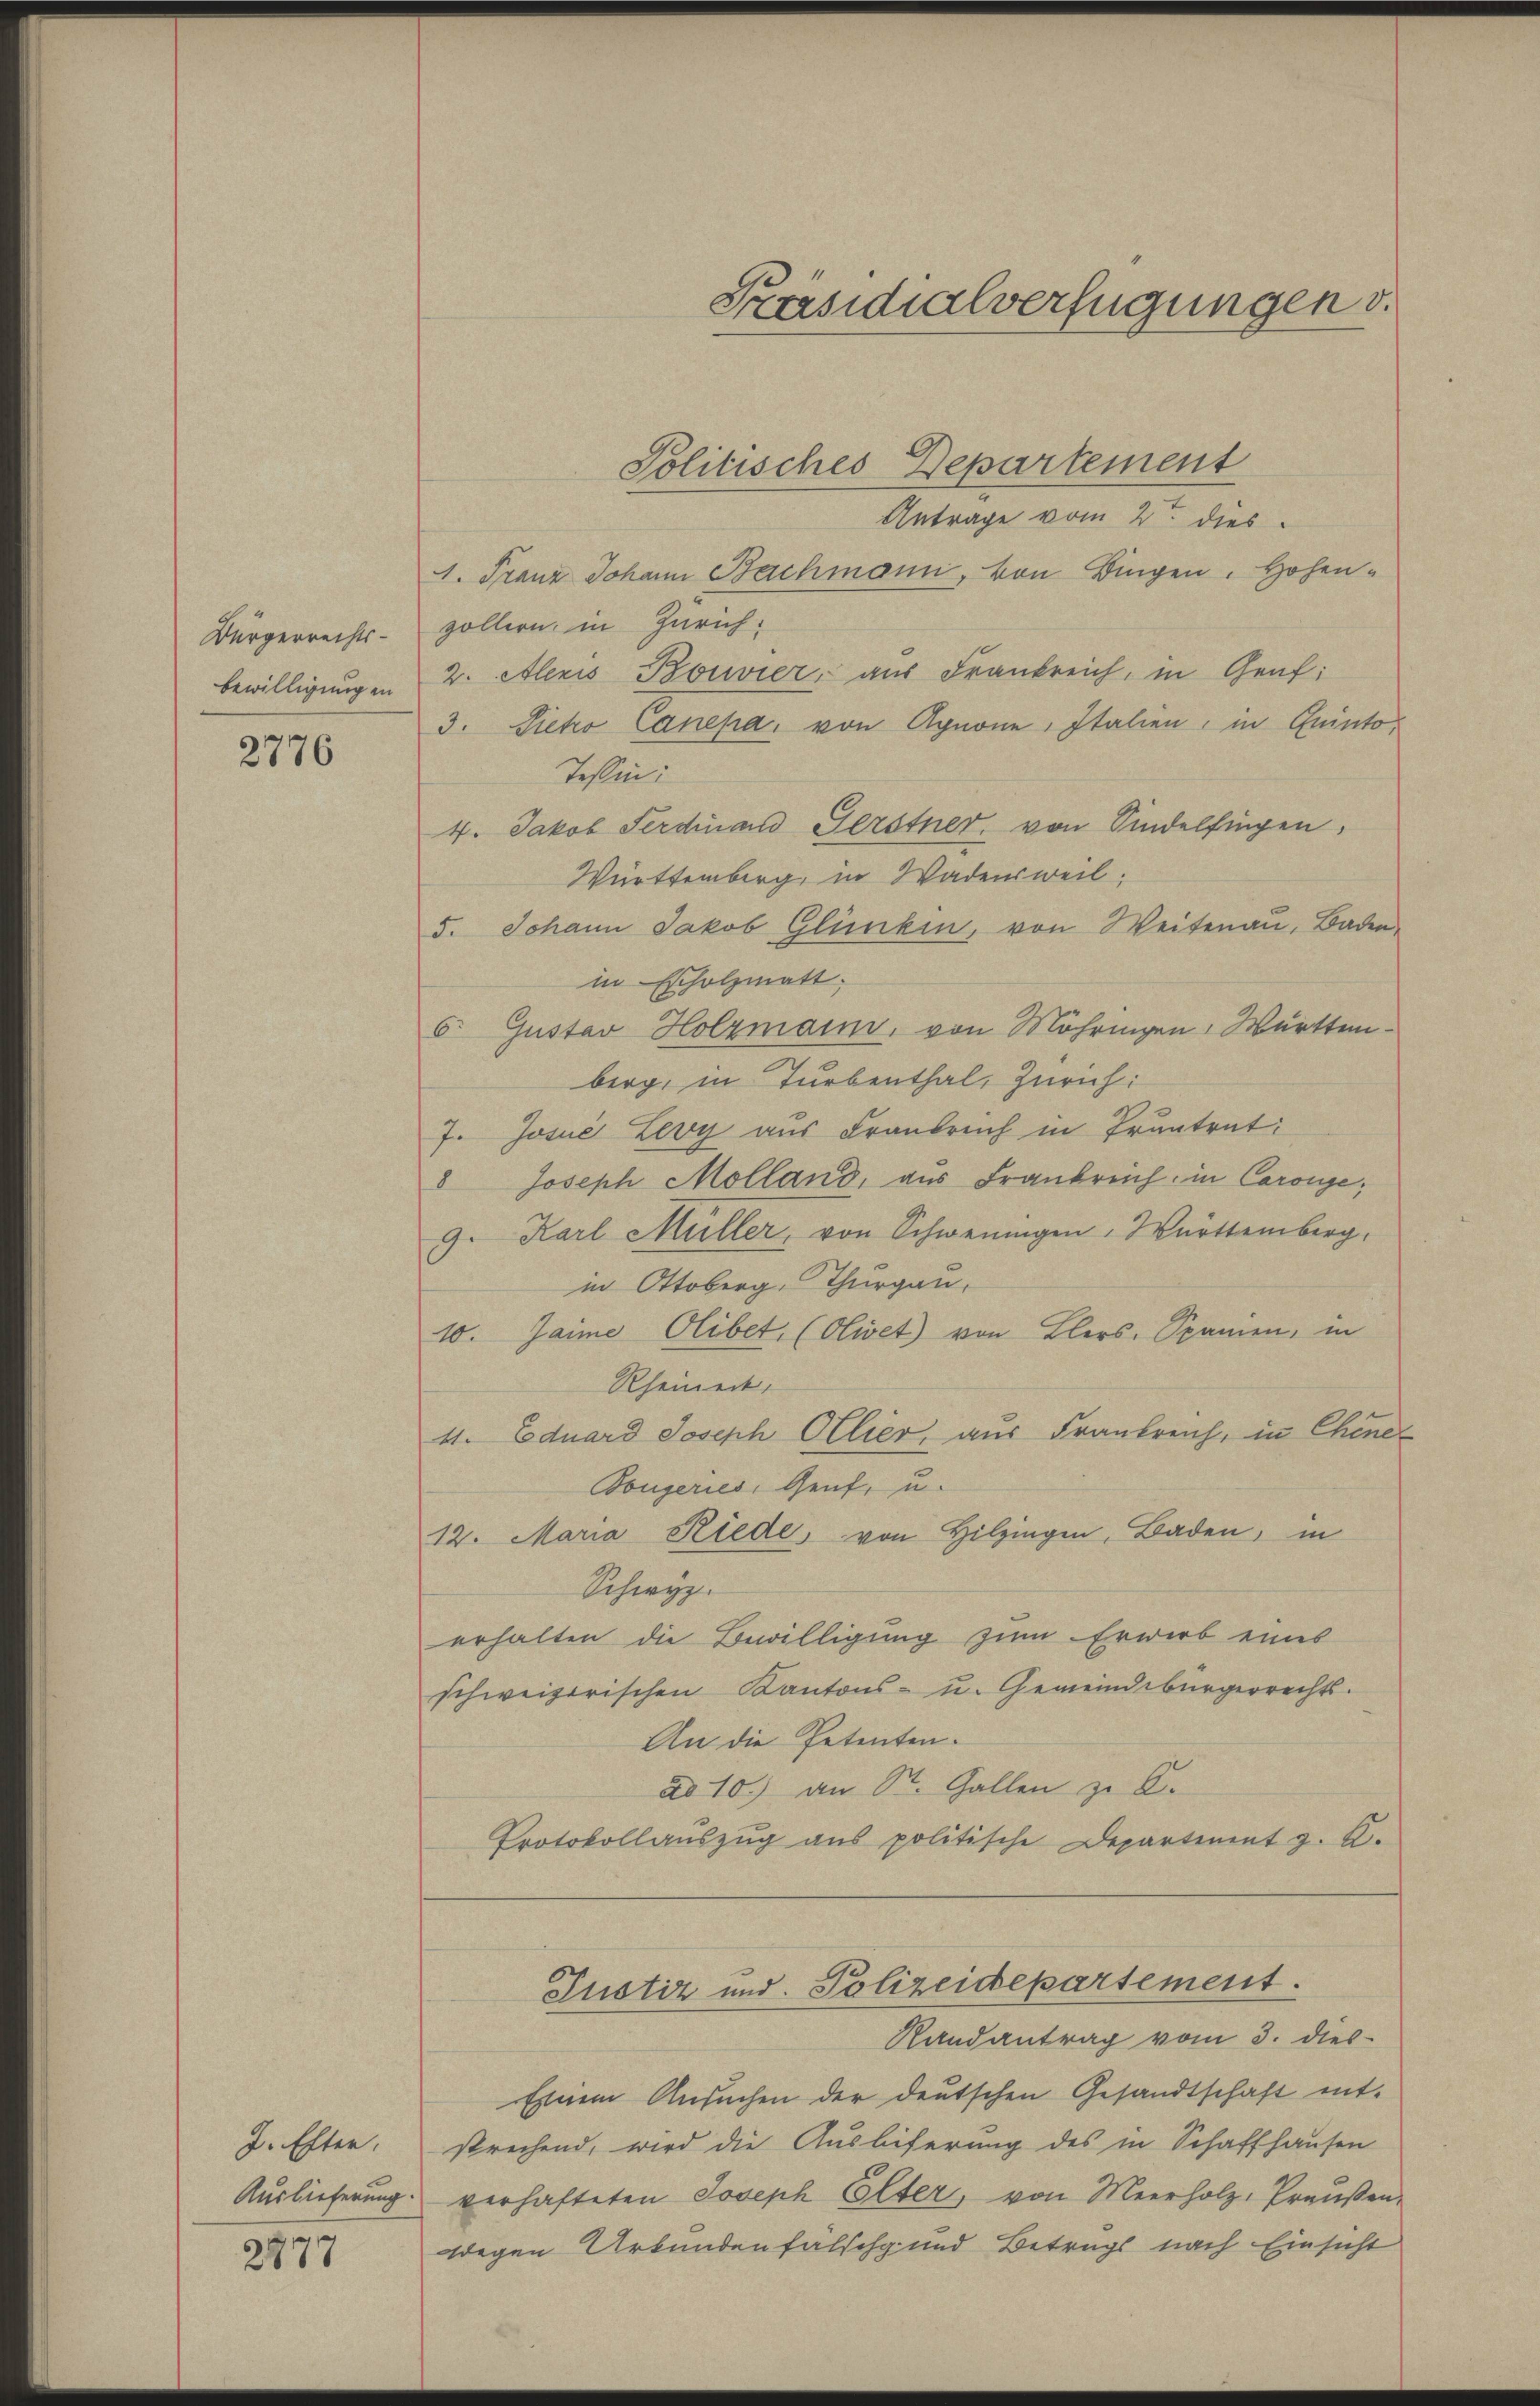
Bürgerrechts-
bewilligung in

2776

J. Ester.
Auslieferung

2877

Präsidialverfügungen v.

Politisches Departement
Antrage vom 2ten dies
1. Franz Johann Bachmann, von Bingen. Hohen-
zöllern, in Zürich:
2. Alexis Bouvier, aus Frankreich, in Graf:
3. Sieto Canepa, von Agnone, Italien, in Quinto¬
Tessin:
4. Jakob Ferdinand Gerstner, von Kindelfingen,
Württemberg, in Wadensweil.
5. Johann Jakob Glücken, von Weitenau, Baden,
in Escholzmatt.
6. Gustav Holzmann, von Möhringen, Württem
berg, in Turbenthal, Zürich:
7. Josuć Ley aus Frankreich in Prantrat:
8 Joseph Molland, aus Frankreich in Carouge;
9. Karl Müller, von Schweringen, Württemberg.
in Ottoberg, Thurgau,
10. Jaime Olibet, (Olivet) von Blers, Spanien, in
Rheineck.
4. Eduard Joseph Ollier, aus Frankreich, in Chine
Bougeries, Genf, u.
12. Maria Riede, von Hilzingen, Baden, in
Schwyz.
erhalten die Bewilligung zum Erwerb eines
schweizerischen Kantons- u. Gemeindebürgerrechts-
An die Petenten.
ad 10.) an St. Gallen z. B.
Protokollaŭszŭg ans politische Departement z. B.
Justiz und Polizeidepartement.
Randantrag vom 3. dies
Einem Ansuchen der deutschen Gesandtschaft entsprechend, wird die Auslieferung des in Schaffhausen
verhafteten Joseph Elter, von Meerholz, Preŭβen-
wegen Urkundenfalschg und Betrags nach Einsicht